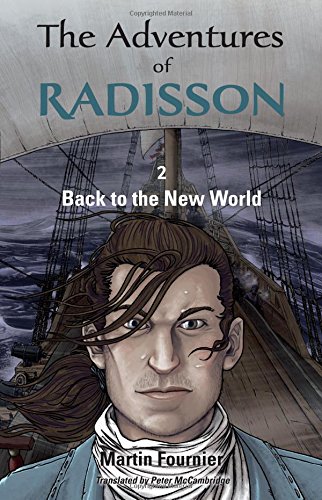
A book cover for The Adventures of Radisson 2: Back to the New World; Martin Fournier; Teen & Young Adult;